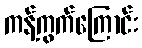
ကန့်ကွက်ကြောင်း